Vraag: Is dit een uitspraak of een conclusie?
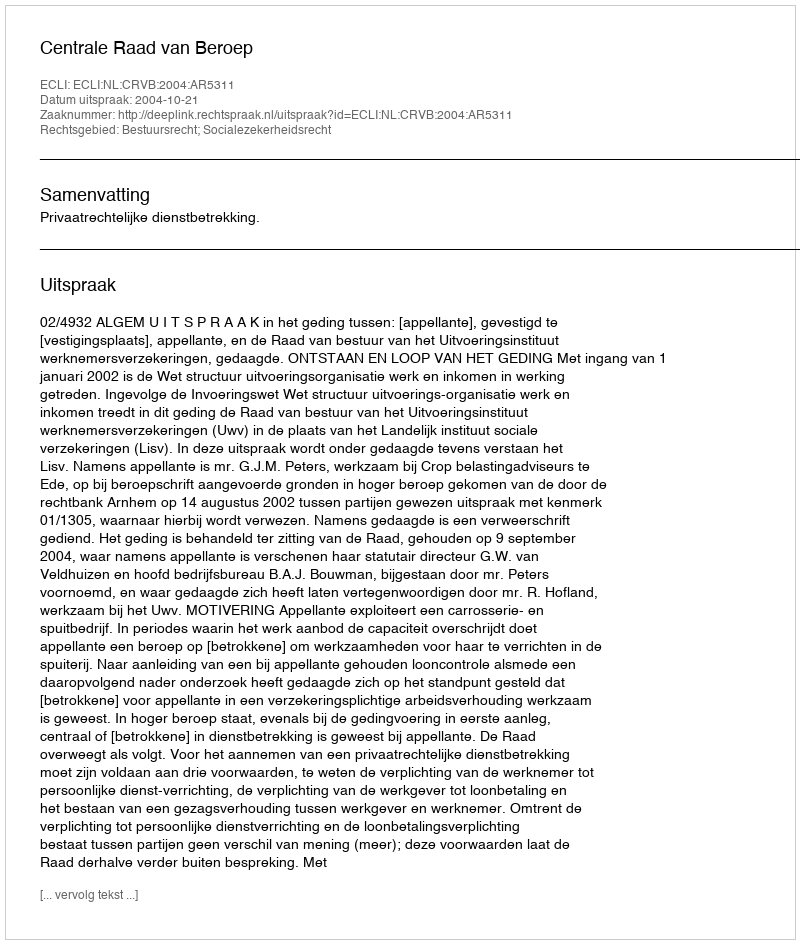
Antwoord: Uitspraak